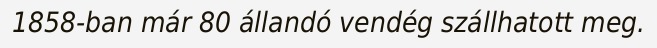
1858-ban már 80 állandó vendég szállhatott meg.